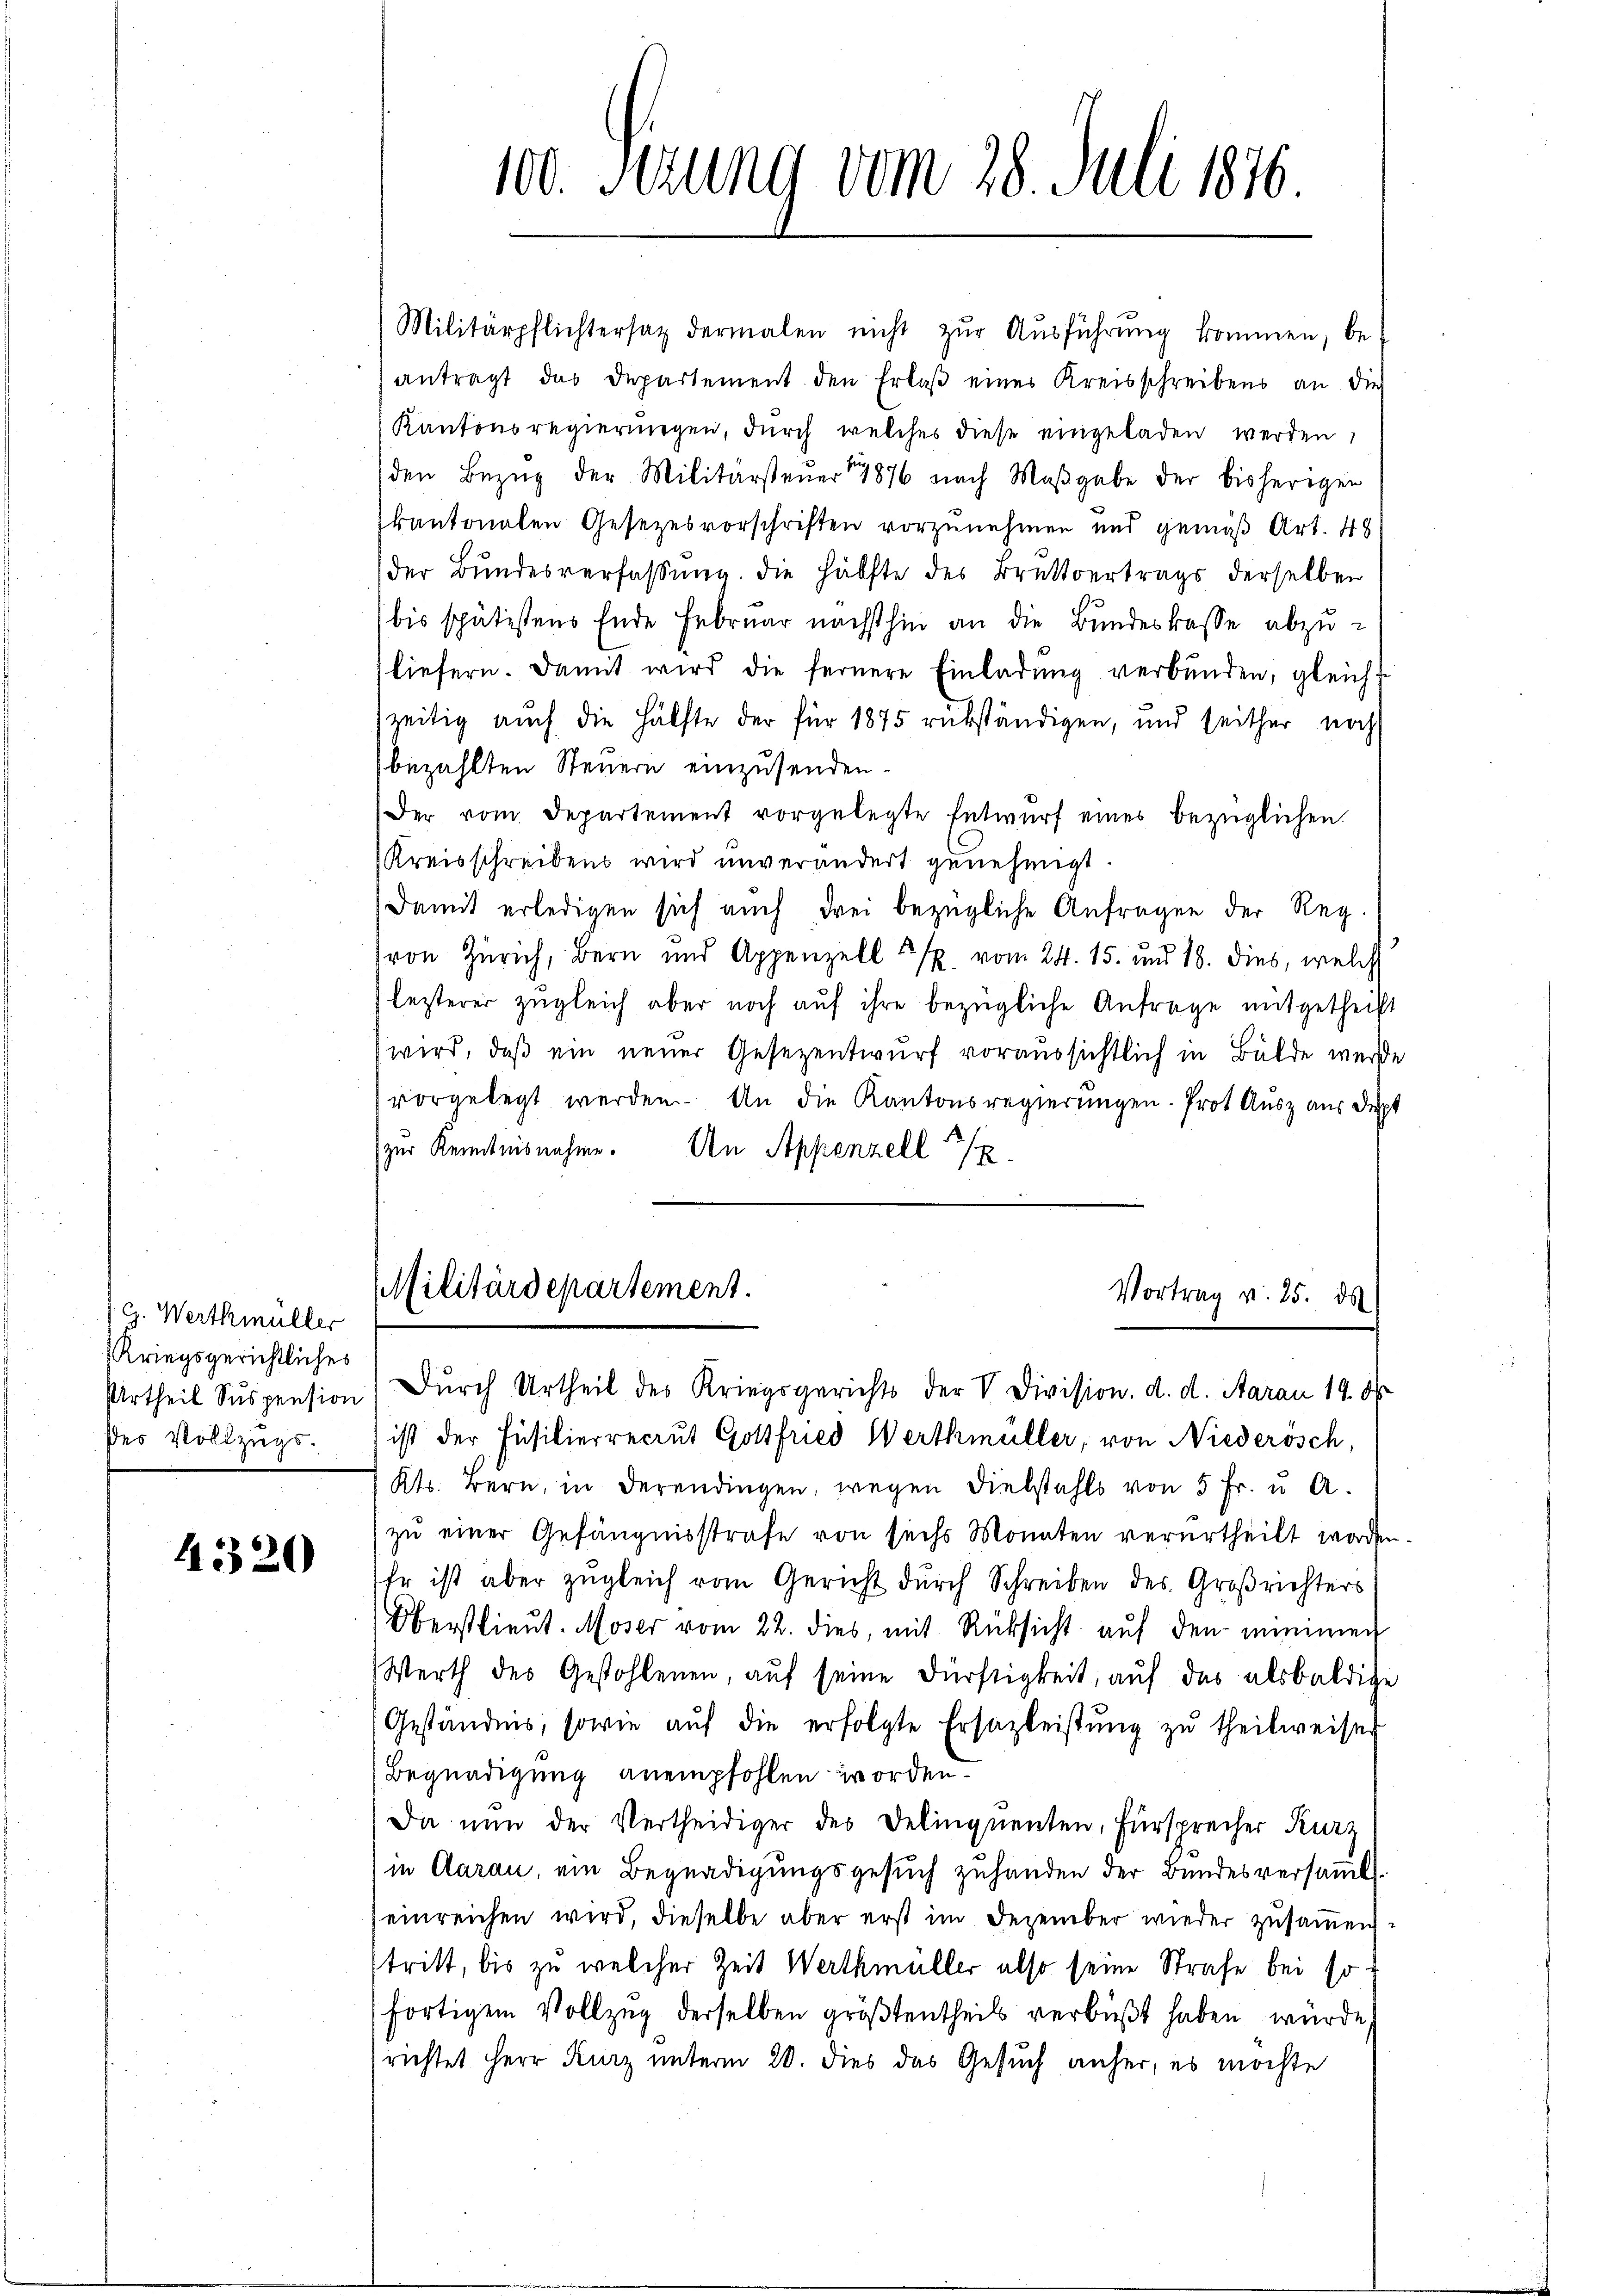
d. G. Werthmüller
Kriegsgerichtliches
ses Vollzugs¬

4320

100. Sizung vom 28. Juli 1876

Militärpflichtersatz dermalen nicht zŭr Aŭsführŭng kommen, be-
antragt das Departement den Erlaβ eines Kreisschreibens an die
Kantonsregierŭngen, durch welches diese eingeladen werden,
den Bezug der Militärsteuer 1876 nach Maßgabe der bisherigen
kantonalen Gesezesvorschriften vorzunehmen und gemäß Art. 48
der Bundesverfassung. Die Hälfte des Brüttvertrags derselben
bis spätistens Ende Februar nächsthin an die Bundeskasse abzu-
liefern. Damit wird die fernere Einladŭng verbunden, gleichf
zeitig auch die Hälfte der für 1875 rükständigen, und seither noch
bezahlten Steuern einzusenden.
Der vom Departement vorgelegte Entwŭrf eines bezüglichen
Kreisschreibens wird unverändert genehmigt.
Damit erledigen sich auch drei bezügliche Anfragen der Reg.
von Zürich, Bern und Appenzell u. vom 24. 15. und 18. dies, welch
leiterer zugleich aber noch auf ihre bezügliche Anfrage mitgetheilt
wird, daß ein neuer Gesezentwurf voraussichtlich in Bälde werde
vorgelegt werden. An die Kantonsregierungen. Prot Ausz aus dept
zur Kenntnisnahme. An Appenzell

Urtheil Suspension) Durch Urtheil des Kriegsgerichts der V. Division. d. d. Starau 19. 8
ist der Füsilierrecrut Gottfried Werthmüller, von Niederösch,
Kts. Bern, in derendingen, wegen Diebstahls von 5 Fr. u. A.
zŭ einer Gefängnisstrafe von sechs Monaten verurtheilt worden.
Er ist aber zugleich vom Gericht durch Schreiben des Großrichters
Oberstlieut. Moser vom 22. dies, mit Rücksicht auf den minimen
Werth des Gestohlenen, aŭf seine Dürftigkeit, auf das alsbaldige
Geständnis, sowie aŭf die erfolgte Ersazleistŭng zŭ theilweisen
Begnadigung anempfohlen worden.
Da nun der Vertheidiger des Delinquenten, Fürsprecher Kurz
in Aarau, ein Begnadigungsgesuch zuhänden der Bundesversamml
einreichen wird, dieselbe aber erst im Dezember wieder zusammen
stritt, bis zu welcher Zeit Werthmüller also seine Strafe bei so
fortigem Vollzug derselben größtentheils verbüßt haben würde,
richtet Herr Kurz unterm 20. dies das Gesuch anher, es möchte

Militärdepartement.
Vortrag v. 25. ds